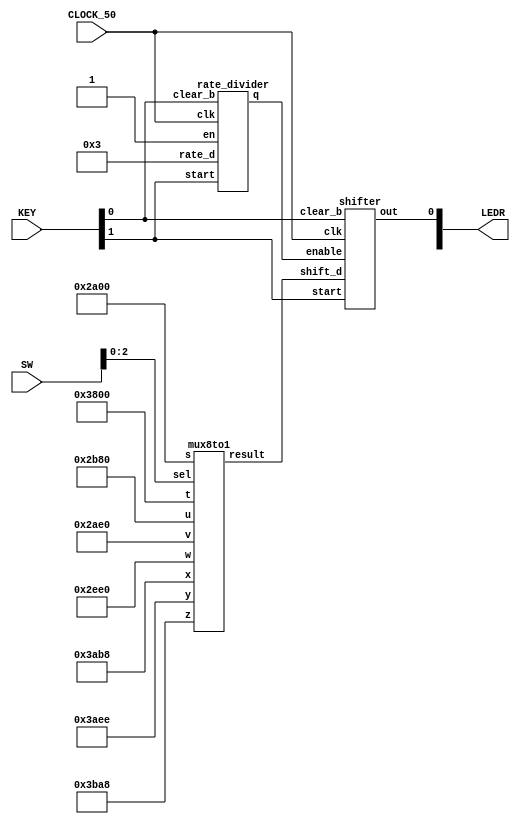
module part_3(SW, KEY, LEDR, CLOCK_50);
	input [9:0] SW, KEY;
	input CLOCK_50;
	output [9:0] LEDR;
	
	wire divider_to_register;
	wire [13:0] mux_to_register;
	
	rate_divider r0(.start(KEY[1]), .rate_d(25'd3), .en(1'b1), .clk(CLOCK_50), .clear_b(KEY[0]), 
			.q(divider_to_register));
	mux8to1 r1(
			.s(14'b10101000000000), 
			.t(14'b11100000000000),
			.u(14'b10101110000000),
			.v(14'b10101011100000),
			.w(14'b10111011100000),
			.x(14'b11101010111000),
			.y(14'b11101011101110),
			.z(14'b11101110101000),
			.sel(SW[2:0]),
			.result(mux_to_register[13:0])
			);
			
	shifter r2(.start(KEY[1]), .shift_d(mux_to_register[13:0]), .enable(divider_to_register), .clear_b(KEY[0]), 
			.clk(CLOCK_50), .out(LEDR[0]));

endmodule

module shifter(start, shift_d, enable, clear_b, clk, out);
	input [13:0] shift_d;
	input start, enable, clear_b, clk;
	output out;

	reg out;
	reg [13:0] q;

	always @(posedge clk, negedge clear_b)
	begin
		if (clear_b == 1'b0)
			begin
			out <= 1'b0;
			q <= 14'b0;
			end
		else if (start == 1'b0)
			begin
			out <= 1'b0;
			q <= shift_d;
			end
		else if (enable == 1'b1)
			begin
			out <= q[0];
			q <= q >> 1'b1;
			end
	end
endmodule

module rate_divider(start, rate_d, en, clk, clear_b, q);
	input [24:0] rate_d;
	input start, en, clk, clear_b;
	output q;
	
	reg [24:0] out;
	always @(posedge clk, negedge clear_b)
	begin
		if (clear_b == 1'b0)
			out <= 25'd1;
		else if (start == 1'b0)
			out <= rate_d;
		else if (en == 1'b1)
			begin
				if (out == 25'b0)
					out <= rate_d;
				else
					out <= out - 1'b1;
			end
	end
   assign q = (out == 25'b0) ? 1 : 0;
endmodule

module mux8to1(s, t, u, v, w, x, y, z, sel, result);
	input [13:0] s, t, u, v, w, x, y, z;
	input [2:0] sel;
	output [13:0] result;
	
	reg [13:0] result;
	always @(*)
	begin
		case (sel[2:0])
			3'b000: result = 14'b00000000010101;
			3'b001: result = 14'b00000000000111;
			3'b010: result = 14'b00000001110101;
			3'b011: result = 14'b00000111010101;
			3'b100: result = 14'b00000111011101;
			3'b101: result = 14'b00011101010111;
			3'b110: result = 14'b01110111010111;
			3'b111: result = 14'b00010101110111;
			default: result = 14'b0;
		endcase
	end

endmodule